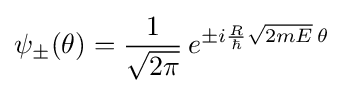
\psi _{\pm }(\theta )={\frac {1}{\sqrt {2\pi }}}\,e^{\pm i{\frac {R}{\hbar }}{\sqrt {2mE}}\,\theta }